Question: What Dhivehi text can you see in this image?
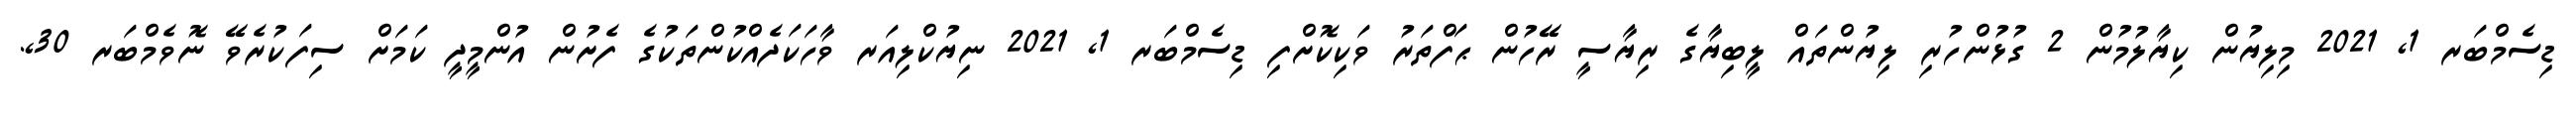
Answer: ޑިސެމްބަރ 1, 2021 މިލިޔުން ކިޔާލުމުން 2 ގުޅުންހުރި ލިޔުންތައް ލީބިޔާގެ ރިޔާސީ ރޭހުން ޙަފްތަރު ވަކިކޮށްފި ޑިސެމްބަރ 1, 2021 ނިޔުކްލިއަރ ވާހަކަދެއްކުންތަކުގެ ފެށުން އުންމީދީ ކަމަށް ސިފަކުރެވޭ ނޮވެމްބަރ 30,.